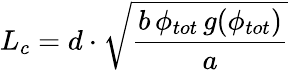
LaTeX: L_{c}=d\cdot\sqrt{\frac{b\, \phi_{tot}\, g(\phi_{tot})}{a}}